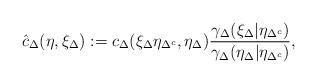
LaTeX: \begin{align*} \hat{c}_{\Delta}(\eta, \xi_{\Delta}) := c_{\Delta}(\xi_{\Delta}\eta_{\Delta^c}, \eta_{\Delta})\frac{\gamma_{\Delta}(\xi_{\Delta}|\eta_{\Delta^c})}{\gamma_{\Delta}(\eta_{\Delta}|\eta_{\Delta^c})},\end{align*}